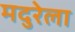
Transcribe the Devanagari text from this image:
मदुरेला